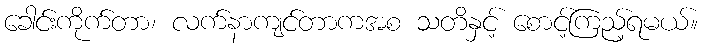
ခေါင်းကိုက်တာ၊ လက်နာကျင်တာကအစ သတိနှင့် စောင့်ကြည့်ရမယ်။